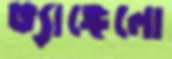
ভ্যাঙ্গেলো